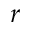
r